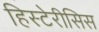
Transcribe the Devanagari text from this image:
हिस्टेरीसिस